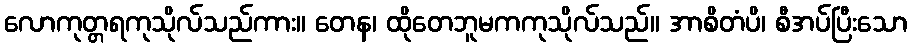
လောကုတ္တရကုသိုလ်သည်ကား။ တေန၊ ထိုတေဘူမကကုသိုလ်သည်။ အာစိတံပိ၊ စီအပ်ပြီးသော